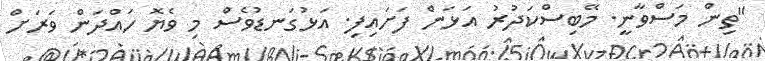
"ތިން މަސްވާނީ. މޭބިސްކަދުރު އަޅަން ފަށައިފި. އަޅުގަނޑުވެސް މި ވެޔޮ ހައްދަން ވަރަށް